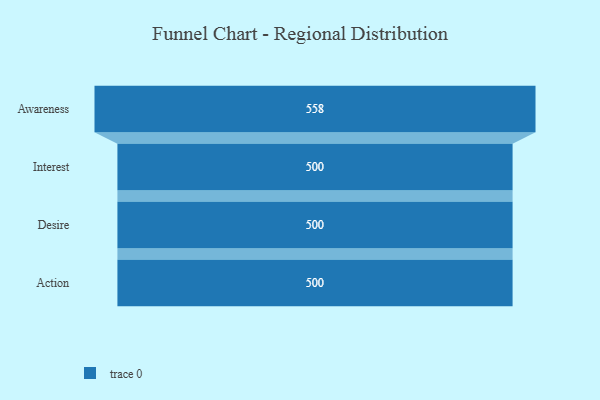
{"axis": {"x": "Stage", "y": "Value"}, "legend": [""], "data": [{"x": "Awareness", "y": 558.0, "type": ""}, {"x": "Interest", "y": 500, "type": ""}, {"x": "Desire", "y": 500, "type": ""}, {"x": "Action", "y": 500, "type": ""}]}